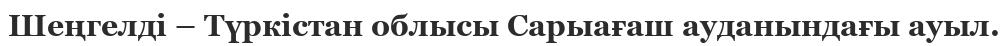
Шеңгелді – Түркістан облысы Сарыағаш ауданындағы ауыл.